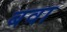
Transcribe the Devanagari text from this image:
बवा